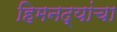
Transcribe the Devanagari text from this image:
हिमनद्यांचा